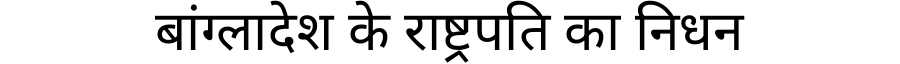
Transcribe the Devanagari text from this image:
बांग्लादेश के राष्ट्रपति का निधन